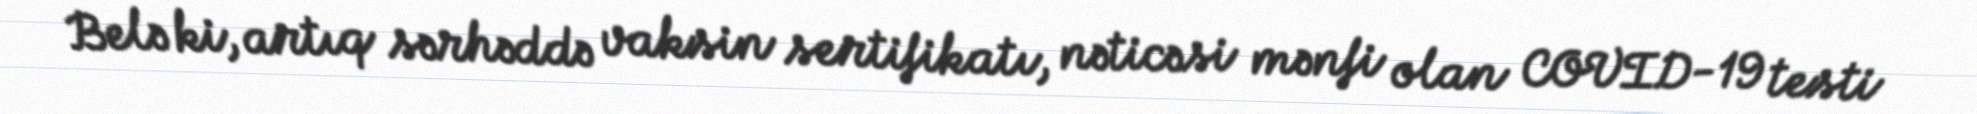
Belə ki, artıq sərhəddə vaksin sertifikatı, nəticəsi mənfi olan COVID-19 testi